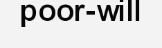
poor-will